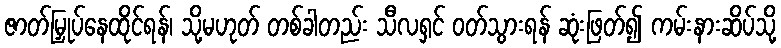
ဇာတ်မြှုပ်နေထိုင်ရန်၊ သို့မဟုတ် တစ်ခါတည်း သီလရှင် ဝတ်သွားရန် ဆုံးဖြတ်၍ ကမ်းနားဆိပ်သို့